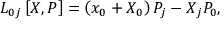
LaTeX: L _ { 0 j } \left[ X , P \right] = \left( x _ { 0 } + X _ { 0 } \right) P _ { j } - X _ { j } P _ { 0 } ,